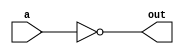
// n-bit NOT gate
module not_n(a, out);
  //parameter n = 1;
  input a;
  output out;

  assign out = ~a;
endmodule

// n-bit AND gate
module and_n(a, b, out);
  //parameter n = 1;
  input a;
  input b;
  output out;

  assign out = a & b;
endmodule

// n-bit XOR gate
module xor_n(a, b, out);
  //parameter n = 1;
  input a;
  input b;
  output out;

  assign out = a ^ b;
endmodule

// n-bit OR gate
module or_n(a, b, out);
  //parameter n = 1;
  input a;
  input b;
  output out;

  assign out = a | b;
endmodule

// n-bit MUX
module mux_n(s, s0, s1, out);
  //parameter n = 1;
  input s;
  input s0;
  input s1;
  output out;

  assign out = (s == 0) ? s0 : s1;
endmodule

// a 32-bit logic module
// AND: 00, OR: 01, XOR: 10
module logics(opCode, a, b, out);
  input [1:0] opCode;
  input [31:0] a;
  input [31:0] b;
  output [31:0] out;

  wire [31:0] andOut;
  wire [31:0] orOut;
  wire [31:0] xorOut;

  wire [31:0] muxOut;

  and_n andGate[31:0] (.a(a), .b(b), .out(andOut));
  or_n orGate[31:0] (.a(a), .b(b), .out(orOut));
  xor_n xorGate[31:0] (.a(a), .b(b), .out(xorOut));

  mux_n mux1[31:0] (.s(opCode[0]), .s0(andOut), .s1(orOut), .out(muxOut));
  mux_n mux2[31:0] (.s(opCode[1]), .s0(muxOut), .s1(xorOut), .out(out));

endmodule

// a 32-bit isZero module
module isZero(in, out);
  input [31:0] in;
  output out;

  assign out = (in == 32'b0) ? 1'b1 : 1'b0;
/*
  reg out;

  always @(in)
  begin
    if(in == 32'b0)
      out = 1'b1;
    else
      out = 1'b0;
  end
*/
endmodule

// a conditional logic module
// returns 32-bit boolean
// SEQ: 000, SNE: 001, SLT: 011, SGT: 101, SLE: 010, SGE: 100
module condLogics(opCode, aluOut, V, out); //, z, n, v);
  input [2:0] opCode;
  input [31:0] aluOut;
  input V;
  output [31:0] out;
  //output z, n, v;

  wire Z, N, V, notZ, xorNV, nxorNV;
  wire seq, sne, slt, sgt, sle, sge;
  reg outBit;

/*
  assign z = Z;
  assign n = N;
  assign v = V;
*/


  // Calculates Z, N, and V
  isZero zero (.in(aluOut), .out(Z));
  assign N = aluOut[31];
  //xor_n Vxor (.a(N), .b(aluC), .out(V));

  // Calculates notZ, xorNV, and nxorNV
  not_n Znot (.a(Z), .out(notZ));
  xor_n NVxor (.a(N), .b(V), .out(xorNV));
  not_n NVnxor (.a(xorNV), .out(nxorNV));

  // Calculates seq, sne, slt, sgt, sle, and sge
  assign seq = Z;
  assign sne = notZ;
  assign slt = xorNV;
  and_n sgtAND (.a(notZ), .b(nxorNV), .out(sgt));
  or_n sleOR (.a(Z), .b(xorNV), .out(sle));
  assign sge = nxorNV;

  // Selects which output we want
  always @(opCode or seq or sne or slt or sgt or sle or sge)
  begin
    case (opCode)
      3'b000: outBit = seq;
      3'b001: outBit = sne;
      3'b011: outBit = slt;
      3'b101: outBit = sgt;
      3'b010: outBit = sle;
      3'b100: outBit = sge;
    endcase
  end

  assign out = {31'b0, outBit};

endmodule